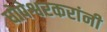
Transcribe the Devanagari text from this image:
धोपेश्वरकरांनी